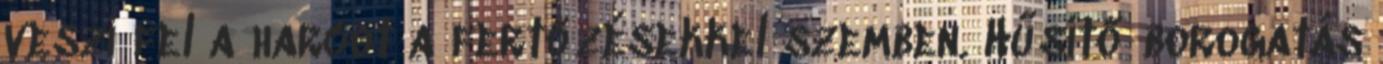
veszi fel a harcot a fertőzésekkel szemben. Hűsítő borogatás